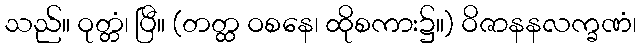
သည်။ ဝုတ္တံ၊ ပြီ။ (တတ္ထ ဝစနေ၊ ထိုစကား၌။) ဝိဇာနနလက္ခဏံ၊